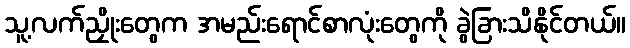
သူ့လက်ညှိုးတွေက အမည်းရောင်စာလုံးတွေကို ခွဲခြားသိနိုင်တယ်။